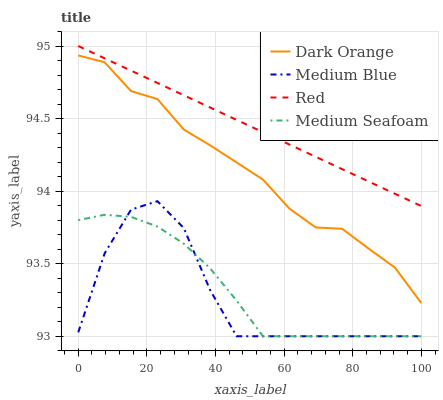
| xaxis_label | Dark Orange | Medium Blue | Red | Medium Seafoam |
 | --- | --- | --- | --- | --- |
 | 0 | 94.9 | 93 | 95 | 93.8 |
 | 7.69 | 94.9 | 93.6 | 94.9 | 93.8 |
 | 15.4 | 94.7 | 93.9 | 94.8 | 93.8 |
 | 23.1 | 94.6 | 93.9 | 94.7 | 93.8 |
 | 30.8 | 94.4 | 93.7 | 94.7 | 93.6 |
 | 38.5 | 94.3 | 93.3 | 94.6 | 93.5 |
 | 46.2 | 94.2 | 93 | 94.5 | 93.2 |
 | 53.8 | 94.1 | 93 | 94.4 | 93 |
 | 61.5 | 93.9 | 93 | 94.3 | 93 |
 | 69.2 | 93.7 | 93 | 94.2 | 93 |
 | 76.9 | 93.7 | 93 | 94.2 | 93 |
 | 84.6 | 93.6 | 93 | 94.1 | 93 |
 | 92.3 | 93.5 | 93 | 94 | 93 |
 | 100 | 93.2 | 93 | 93.9 | 93 |